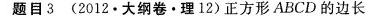
题目3 (2012·大纲卷·理12)正方形ABCD的边长